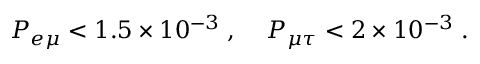
P _ { e \mu } < 1 . 5 \times 1 0 ^ { - 3 } \; , \; \; \; \; P _ { \mu \tau } < 2 \times 1 0 ^ { - 3 } \; .